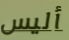
أليس